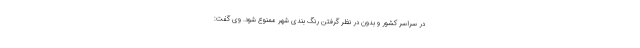
در سراسر کشور و بدون در نظر گرفتن رنگ بندی شهر ممنوع شود. وی گفت: